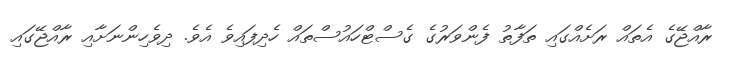
ރާއްޖޭގެ އެތައް ރަށެއްގައި ތަފާތު ފެންވަރުގެ ގެސްޓްހައުސްތައް ހެދިފައިވެ އެވެ. ދިވެހިންނަށާއި ރާއްޖޭގައި